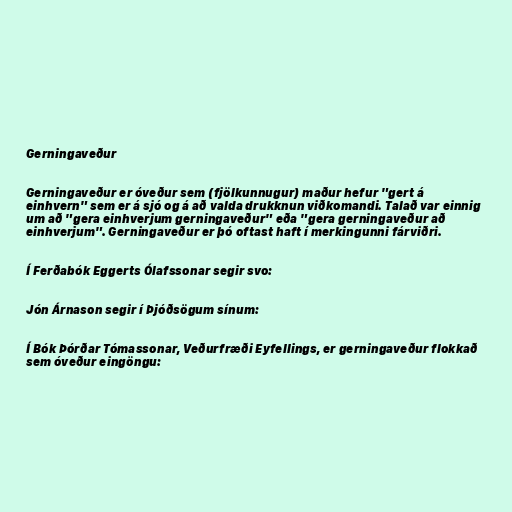
Gerningaveður

Gerningaveður er óveður sem (fjölkunnugur) maður hefur "gert á
einhvern" sem er á sjó og á að valda drukknun viðkomandi. Talað var einnig
um að "gera einhverjum gerningaveður" eða "gera gerningaveður að
einhverjum". Gerningaveður er þó oftast haft í merkingunni fárviðri.

Í Ferðabók Eggerts Ólafssonar segir svo:

Jón Árnason segir í Þjóðsögum sínum:

Í Bók Þórðar Tómassonar, Veðurfræði Eyfellings, er gerningaveður flokkað
sem óveður eingöngu: